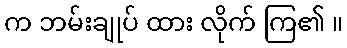
က ဘမ်းချုပ် ထား လိုက် ကြ၏ ။